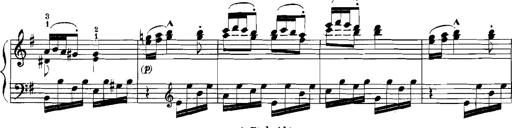
Title: Rhapsodies hongroises
Composer: Franz Liszt